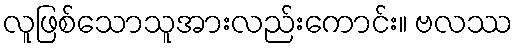
လူဖြစ်သောသူအားလည်းကောင်း။ ဗလဿ